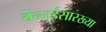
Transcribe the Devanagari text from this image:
चेन्नईसारख्या